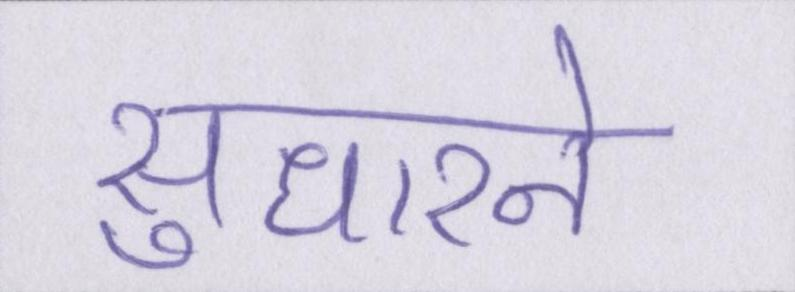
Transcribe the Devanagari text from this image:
सुधारने